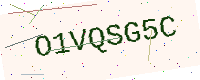
Text: O1VQSG5C